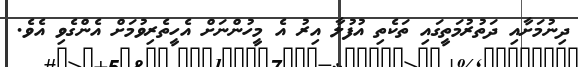
ދިނުމަށާއި ދަތުރުމަތީގައި ތަކެތި އުފުލާ އިރު އެ މީހުންނަށް އެހީތެރިވުމަށް އެންގެވި އެވެ.